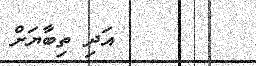
އަދި ތިބާޔަށް